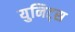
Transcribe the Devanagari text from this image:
युनिट्स